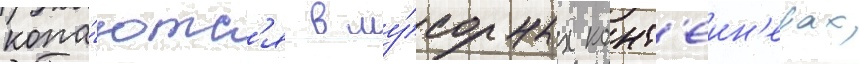
копа́ютс'я в му́сорных конт'еин'ерах